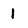
Character: 1